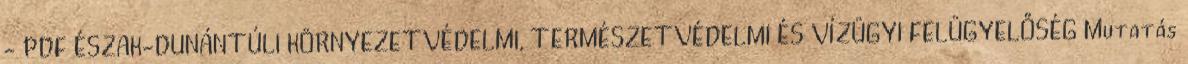
- PDF ÉSZAK-DUNÁNTÚLI KÖRNYEZETVÉDELMI, TERMÉSZETVÉDELMI ÉS VÍZÜGYI FELÜGYELŐSÉG Mutatás